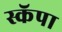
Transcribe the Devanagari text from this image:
स्कॅपा